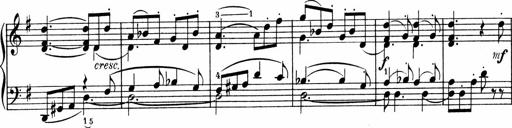
Title: 3 Sonatinen fÃ¼r Pianoforte
Composer: Fritz von Bose